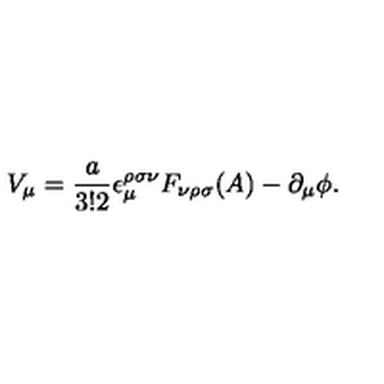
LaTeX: V _ { \mu } = \frac { a } { 3 ! 2 } \epsilon _ { \mu } ^ { \rho \sigma \nu } F _ { \nu \rho \sigma } ( A ) - \partial _ { \mu } \phi .